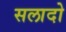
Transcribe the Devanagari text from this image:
सलादो